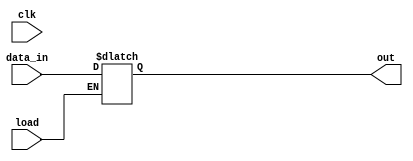
`timescale 1ns / 1ps

/* 8 bit computer project
    Modules: 
     - A and B registers template: data_register
     - Instruction register: instruction_register */
    
    
module data_register(out, load, data_in, clk); // data register module for A and B reg
// takes input data (data_in), load enable (load)
// outputs value of reg (out, const)
    output reg [7:0] out;//, bus_out;
    input [7:0] data_in;
    input load, clk;
        
    always@(*) begin
        if(load) // load data into register
            out <= data_in;
    end 

endmodule

//////////////////////////////////////////////////////////////////////////////////////////////////////////////////////////////////////////////////////

module instruction_register(out, instr, load, data_in, clk); // instruction register module 
// takes same inputs as data_reg., splits output into 4LSB: bus write (out) and 4MSB: instruction write (instr)
    output reg [7:0] out;
    output reg [3:0] instr;
    input  [7:0] data_in;
    input load, clk;
        
    always@(*) begin
        if(load) begin // load data into register 
            out <= {4'b0000, data_in[3:0]}; // 4lsb to bus_out 
            instr <= data_in[7:4]; // 4MSB to instruction register out 
        end 
    end 

endmodule